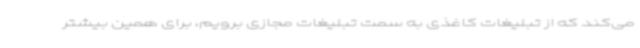
می‌کند که از تبلیغات کاغذی به سمت تبلیغات مجازی برویم، برای همین بیشتر